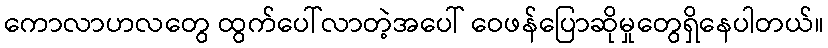
ကောလာဟလတွေ ထွက်ပေါ်လာတဲ့အပေါ် ဝေဖန်ပြောဆိုမှုတွေရှိနေပါတယ်။